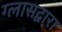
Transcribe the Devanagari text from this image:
ग्लासद्वारा